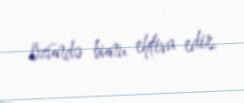
özündə bunu ehtiva edir.